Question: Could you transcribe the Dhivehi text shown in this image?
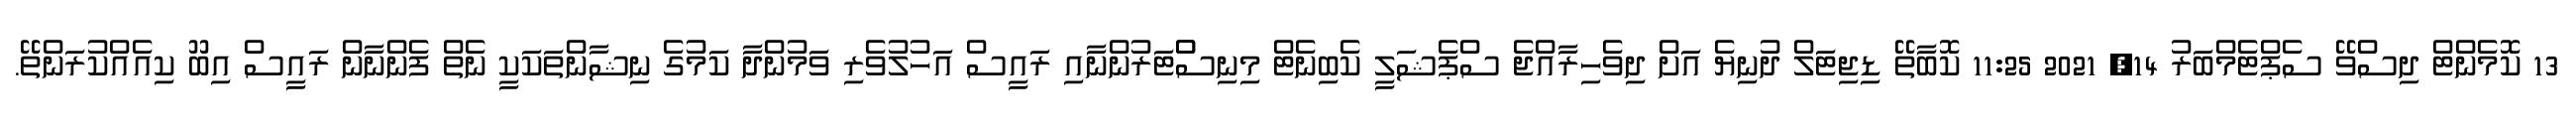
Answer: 13 ކޮމެންޓް ދިސްވޭ ސެޕްޓެމްބަރު 14, 2021 11:25 ކޮބާތޭ ޑިޖިޓަލް ދުނިޔެ އަށް ދިވެހިރާއްޖެ ސްޕެޝަލީ ކެބިނެޓް މިނިސްްޓަރުންނާއި ރައީސް އަހުލުވެރި ވަމުންދާ ކަމުގެ ނިޝާންތަކަކީ ނެތް ފެންނާން ރައީސް އިބޫ ކިއެއްކުރަންތޭ.